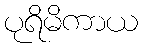
ပုရိမိကာယ